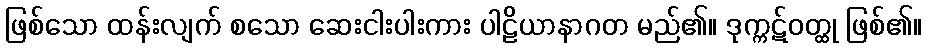
ဖြစ်သော ထန်းလျက် စသော ဆေးငါးပါးကား ပါဠိယာနာဂတ မည်၏။ ဒုက္ကဋ်ဝတ္ထု ဖြစ်၏။